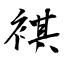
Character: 褀